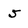
Character: 5